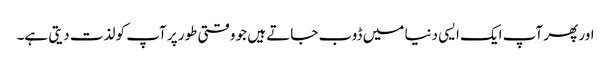
اور پھر آپ ایک ایسی دنیا میں ڈوب جاتے ہیں جو وقتی طور پر آپ کو لذت دیتی ہے۔